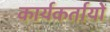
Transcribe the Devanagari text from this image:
कार्यकर्तायों